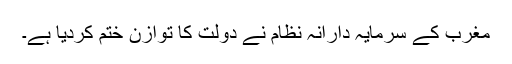
مغرب کے سرمایہ دارانہ نظام نے دولت کا توازن ختم کردیا ہے۔